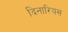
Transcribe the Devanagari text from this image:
दिनारियस